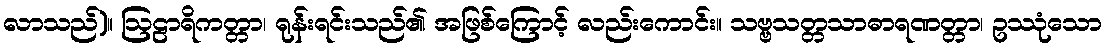
လာသည်)။ ဩဠာရိကတ္တာ၊ ရုန်းရင်းသည်၏ အဖြစ်ကြောင့် လည်းကောင်း။ သဗ္ဗသတ္တသာဓာရဏတ္တာ၊ ဥဿုံသော